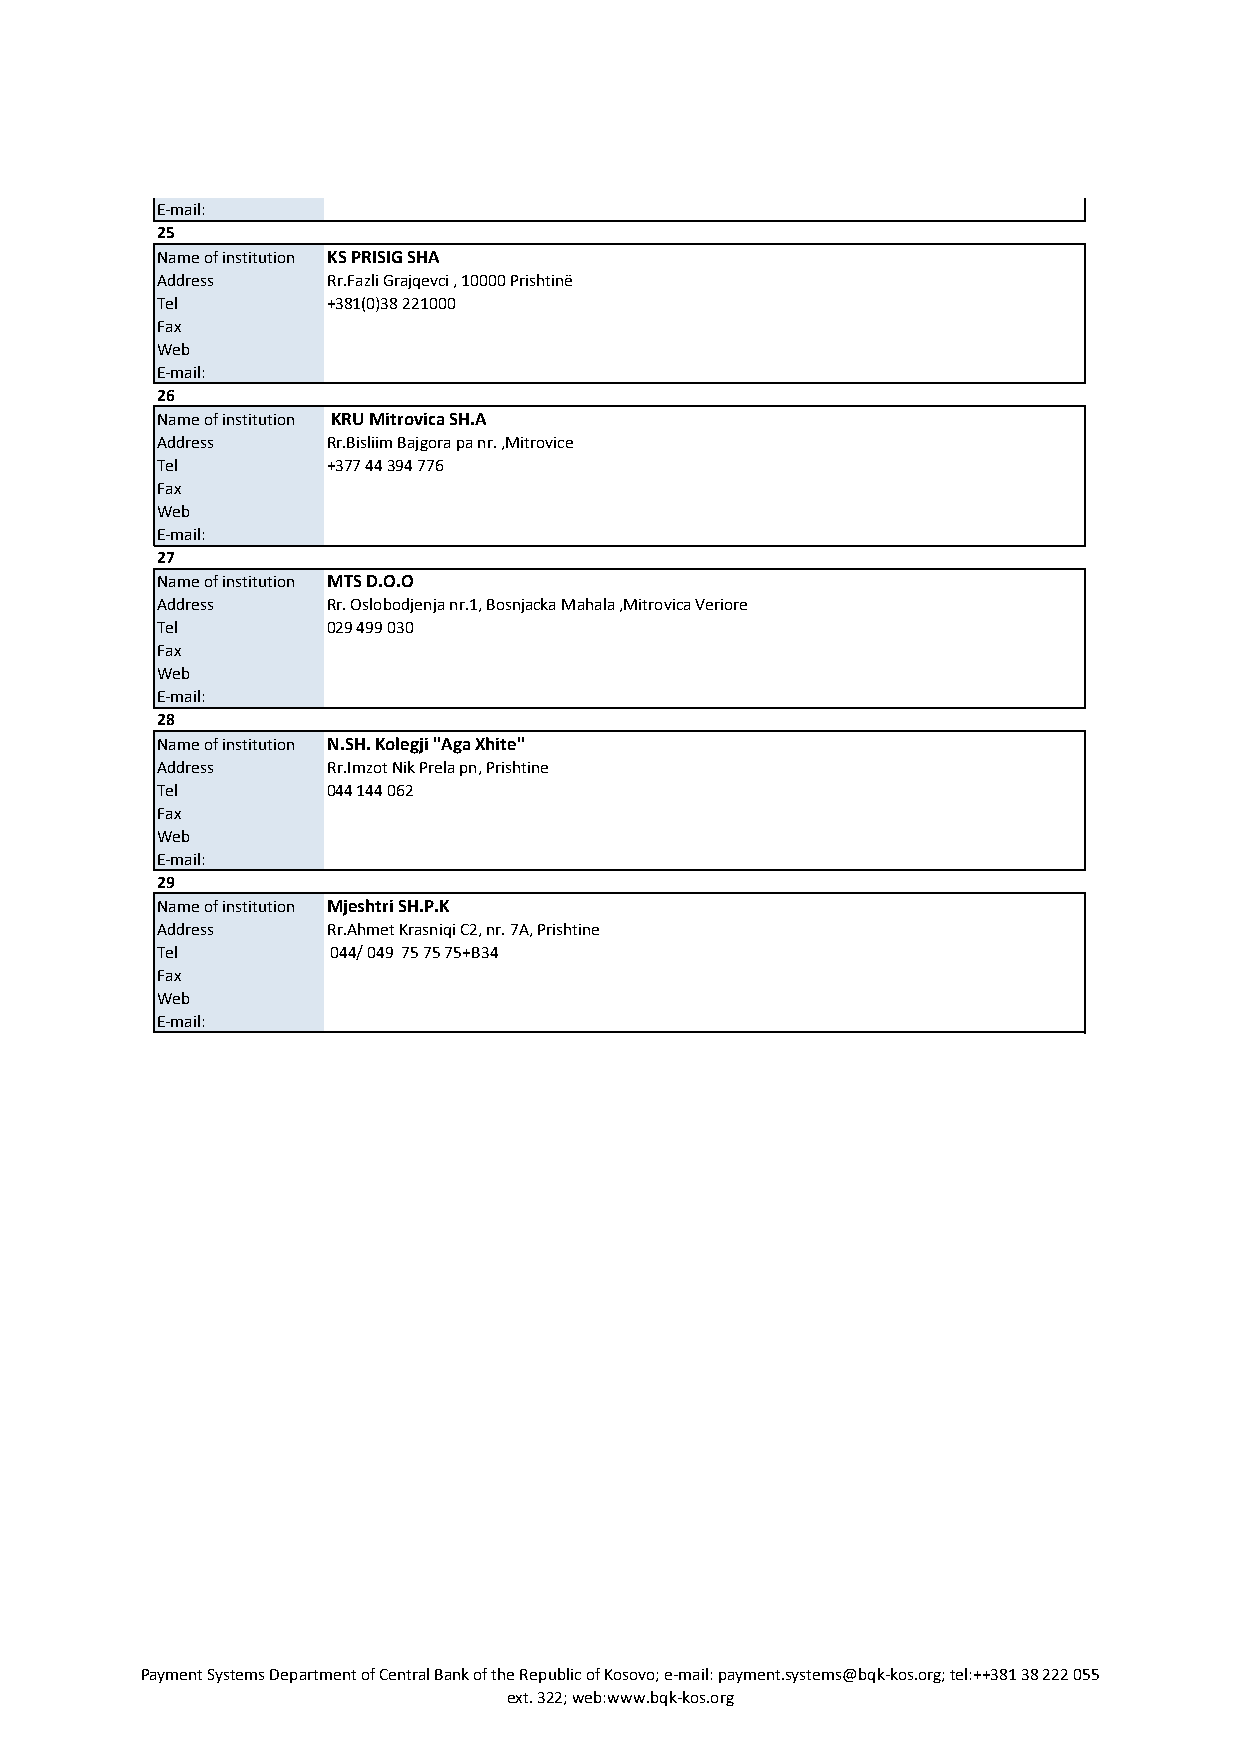
E-mail:
 25
 Name of institution KS PRISIG SHA
 Address     Rr.Fazli Grajqevci , 10000 Prishtinë
 Tel         +381(0)38 221000
 Fax
 Web
 E-mail:
 26
 Name of institution KRU Mitrovica SH.A
 Address     Rr.Bisliim Bajgora pa nr. ,Mitrovice
 Tel         +377 44 394 776
 Fax
 Web
 E-mail:
 27
 Name of institution MTS D.O.O
 Address     Rr. Oslobodjenja nr.1, Bosnjacka Mahala ,Mitrovica Veriore
 Tel         029 499 030
 Fax
 Web
 E-mail:
 28
 Name of institution N.SH. Kolegji "Aga Xhite"
 Address     Rr.Imzot Nik Prela pn, Prishtine
 Tel         044 144 062
 Fax
 Web
 E-mail:
 29
 Name of institution Mjeshtri SH.P.K
 Address     Rr.Ahmet Krasniqi C2, nr. 7A, Prishtine
 Tel         044/ 049 75 75 75+B34
 Fax
 Web
 E-mail:
 Payment Systems Department of Central Bank of the Republic of Kosovo; e-mail: payment.systems@bqk-kos.org; tel:++381 38 222 055
 ext. 322; web:www.bqk-kos.org